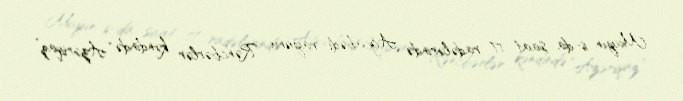
Mayın 6-da saat 17 radələrində Ağcabədi rayonu Rəncbərlər kəndində “Azəriqaz”